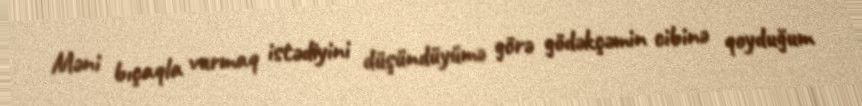
Məni bıçaqla vurmaq istədiyini düşündüyümə görə gödəkçəmin cibinə qoyduğum